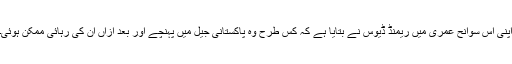
اپنی اس سوانح عمری میں ریمنڈ ڈیوس نے بتایا ہے کہ کس طرح وہ پاکستانی جیل میں پہنچے اور بعد ازاں اُن کی رہائی ممکن ہوئی۔